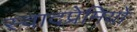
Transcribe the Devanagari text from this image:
स्वादप्रेमियों